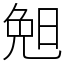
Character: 𣆶